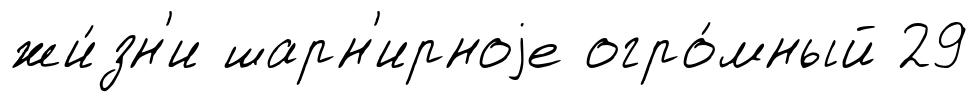
жи́зн'и шарн'ирноjе огро́мный 29